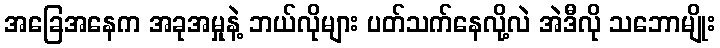
အခြေအနေက အခုအမှုနဲ့ ဘယ်လိုများ ပတ်သက်နေလို့လဲ အဲဒီလို သဘောမျိုး